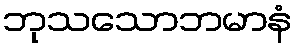
ဘုသသောဘမာနံ